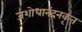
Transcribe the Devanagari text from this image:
जशोधानंदनकृत